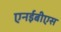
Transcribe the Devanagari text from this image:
एनईबीएस